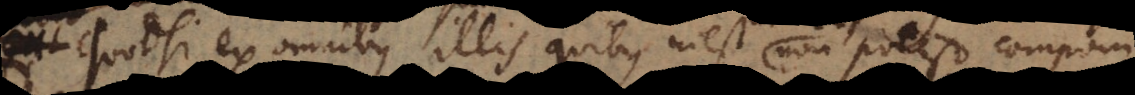
Quodsi ex omnibus illis quibus inest inter se non